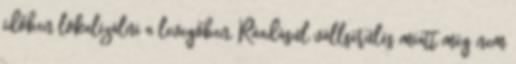
időben lokalizálni a levegőben. Ráadásul vállsérülés miatt még nem